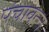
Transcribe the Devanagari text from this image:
पंचावन्न